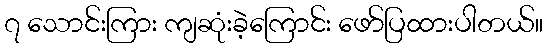
၇ သောင်းကြား ကျဆုံးခဲ့ကြောင်း ဖော်ပြထားပါတယ်။